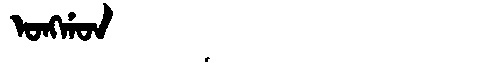
Manchu: ᠣᠩᡤᠣᠨ
Romanization: ONGGON